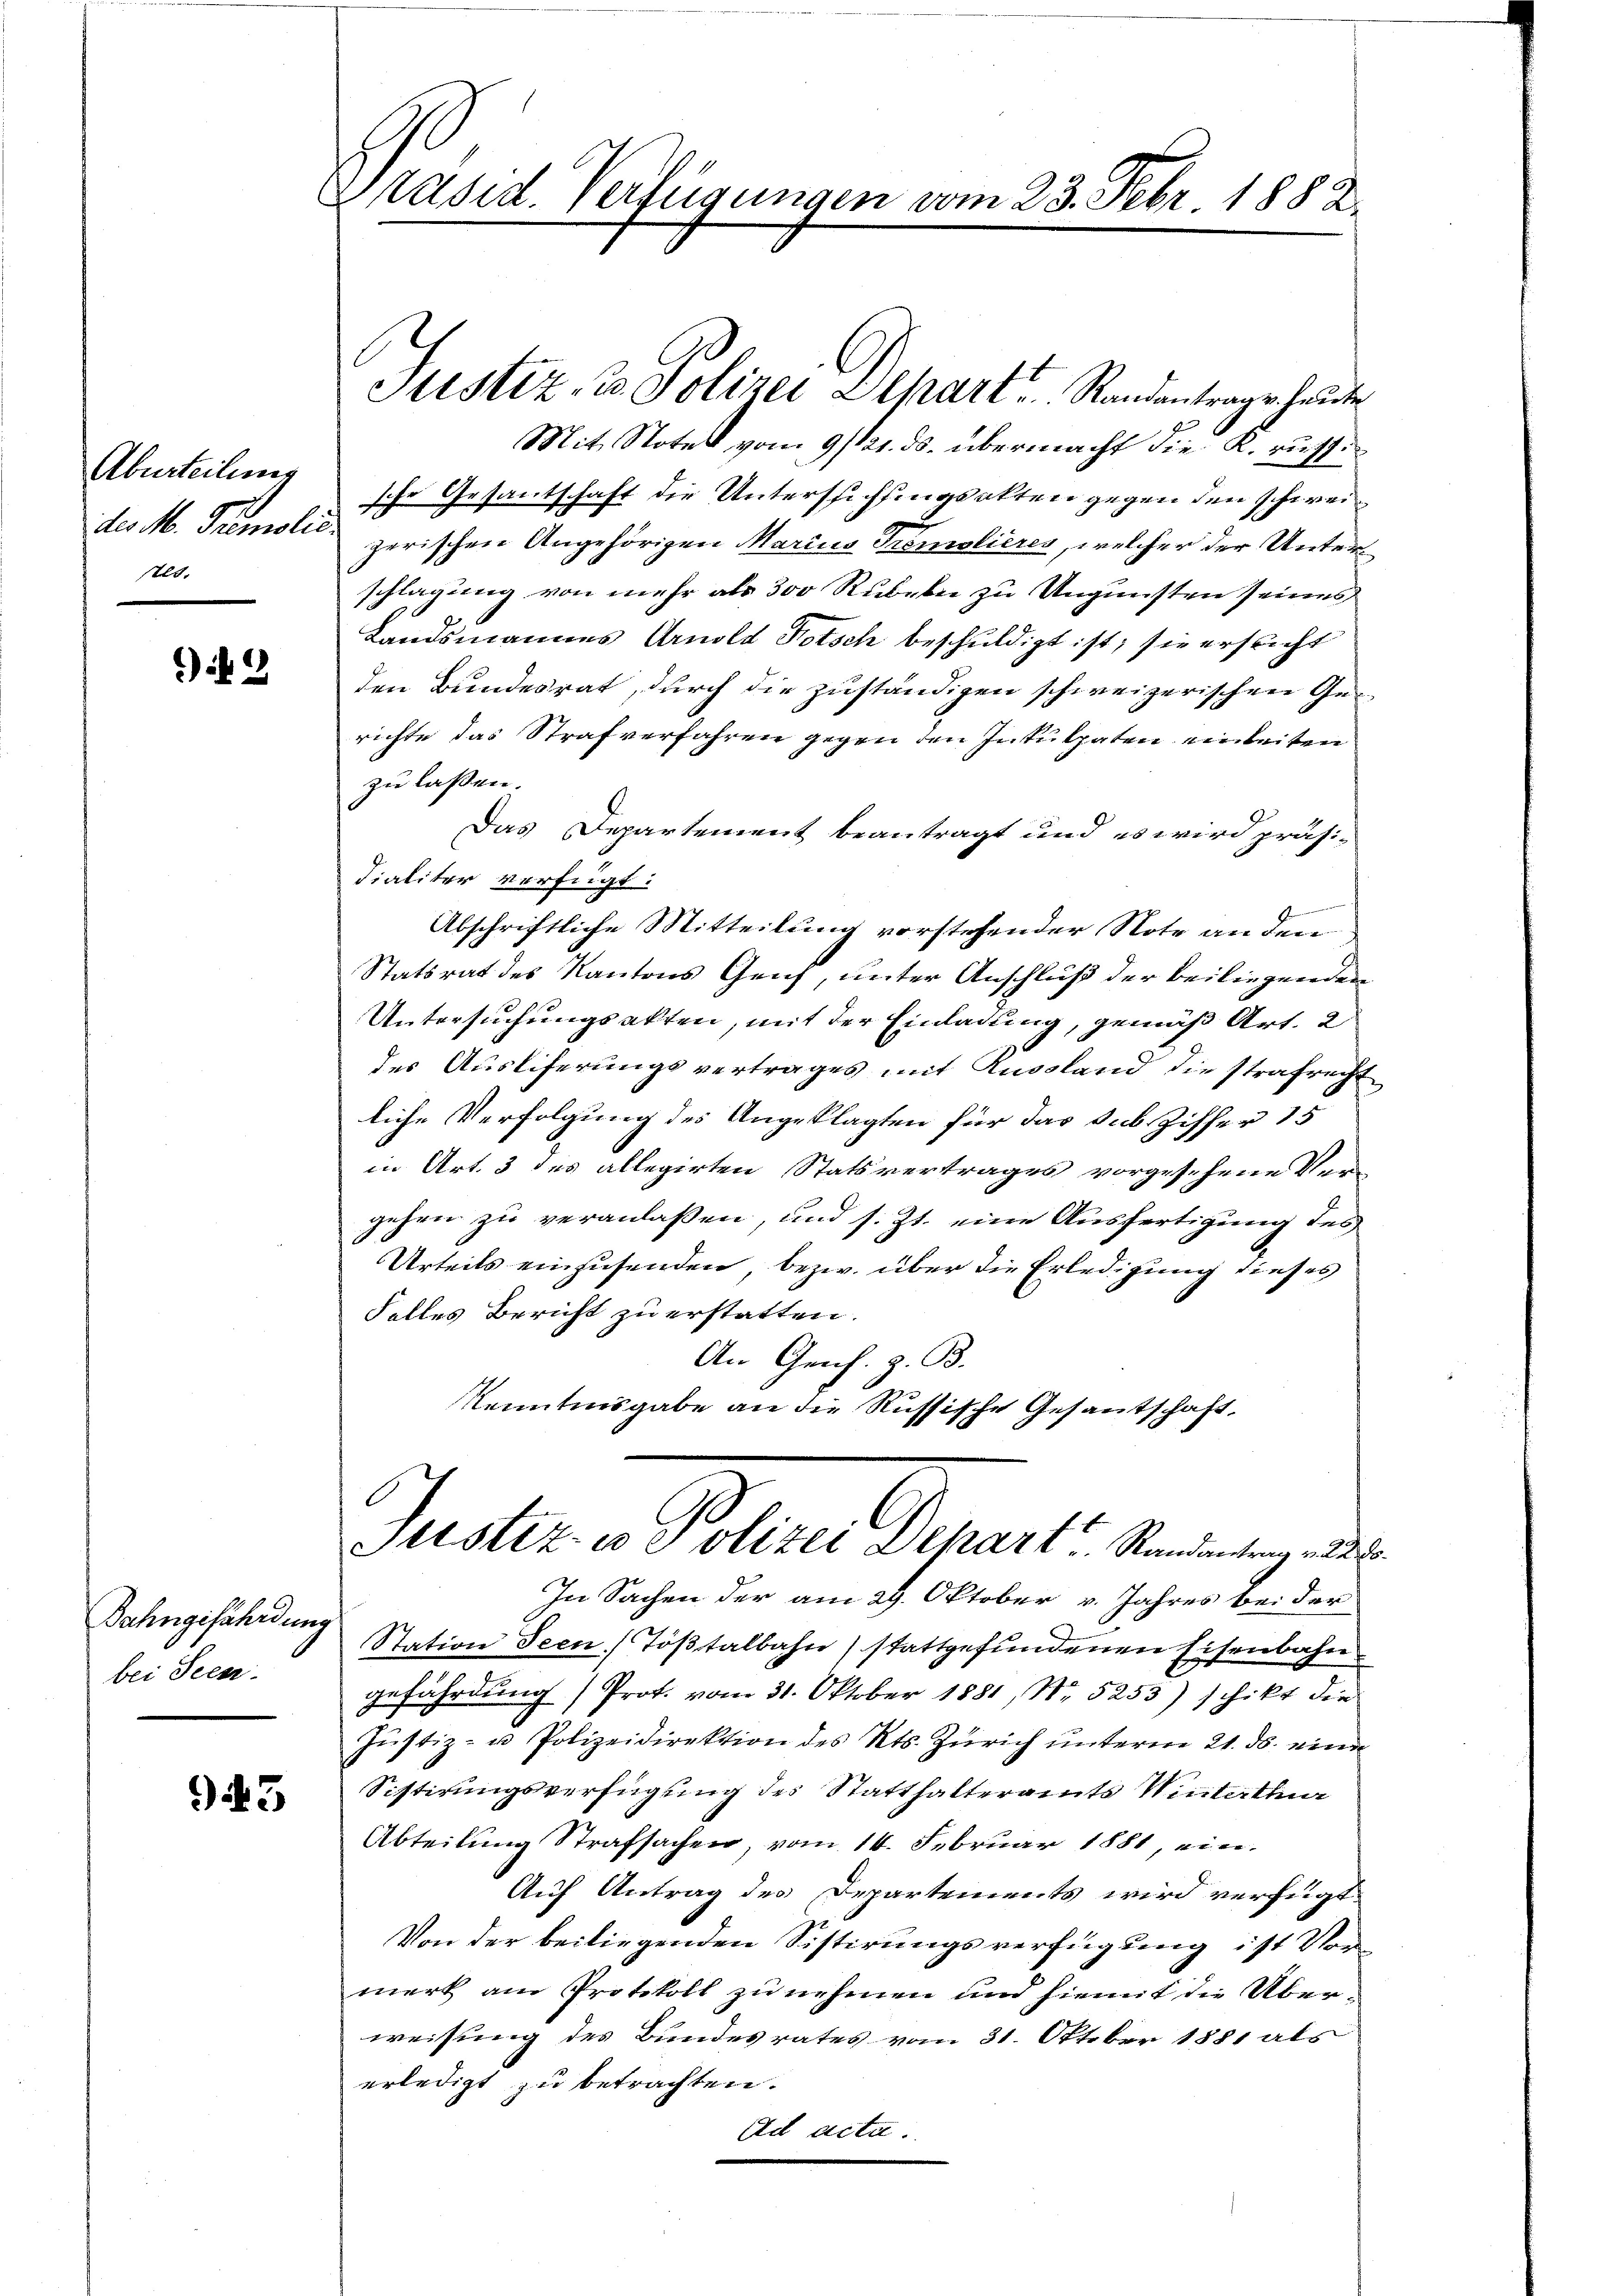
Aburteilung
des M. Tremolio.
stet.

) 2

Bahngefährdung
bei Sees

943

Präsid. Verfügungen vom 23. Febr 1882.

Stistiz- u. Polizei Zepart. Randantrage heute
Mit Notel vom 9/121. ds. übermacht die K. russi
sche Gesantschaft die Untersichtungsakten gegen den schweizerischen Angehörigen Marius Tremolieres, welcher der Unterschlagung von mehr als 300 Rubeln zu Ungunsten seines
Landsmannes Arnold Totsch beschuldigt ist; sie ersticht
den Bundesrat, durch die zuständigen schweizerischen Gerichte das Strafverfahren gegen den Inkulpaten einleiten
zu lassen.
Das Departement beantragt und es wird präsi-
Fialiter verfügt:
une er den einen.
Abschriftliche Mitteilung vorstehender Note an den
Statsrat des Kantons Geif, unter Anschluß der beiliegenden
Untersuchungsakten, mit der Einladung, gemäß Art. 2
des Ausliferungsvertrages mit Aussland die strafrecht
liche Verfolgung des Angeklagten für das sub. Ziffer 15
in Art. 3 des allegirten Statsvertrages vorgesehene Ver-
gehen zu veranlassen, und s. Zt. eine Ausfertigung des
Urteils einzusenden, bezw. über die Erledigung dieses
Falles Bericht zu erstatten.
An Gens. z. B.
Kenntnisgabe an die Russische Gesantschaft,
Justiz- u e olizei Depart Randantrag v. 228.
In Sachen der am 29. Oktober v. Jahres bei der
Station Seen Tößtalbahn, stattgefundenen Eisenbahn
gefährdung (Prot. vom 31. Oktober 1881, No 5253) schikt die
Justiz- u Polizeidirektion des Kts. Zürich unterm 21. ds. eine
Sistirungsverfügung des Statthalteramts Winterthur
Abteilung Strafsachen vom 14. Februar 1881, ein.
Auf Antrag des Departements wird verfügt
Von der beiliegenden Sistirungsverfügung ist Vormerk am Protokoll zu nehmen und hiemit die Überweisung des Bundesrates vom 31. Oktober 1881 als
erledigt zu betrachten.
Ad acta